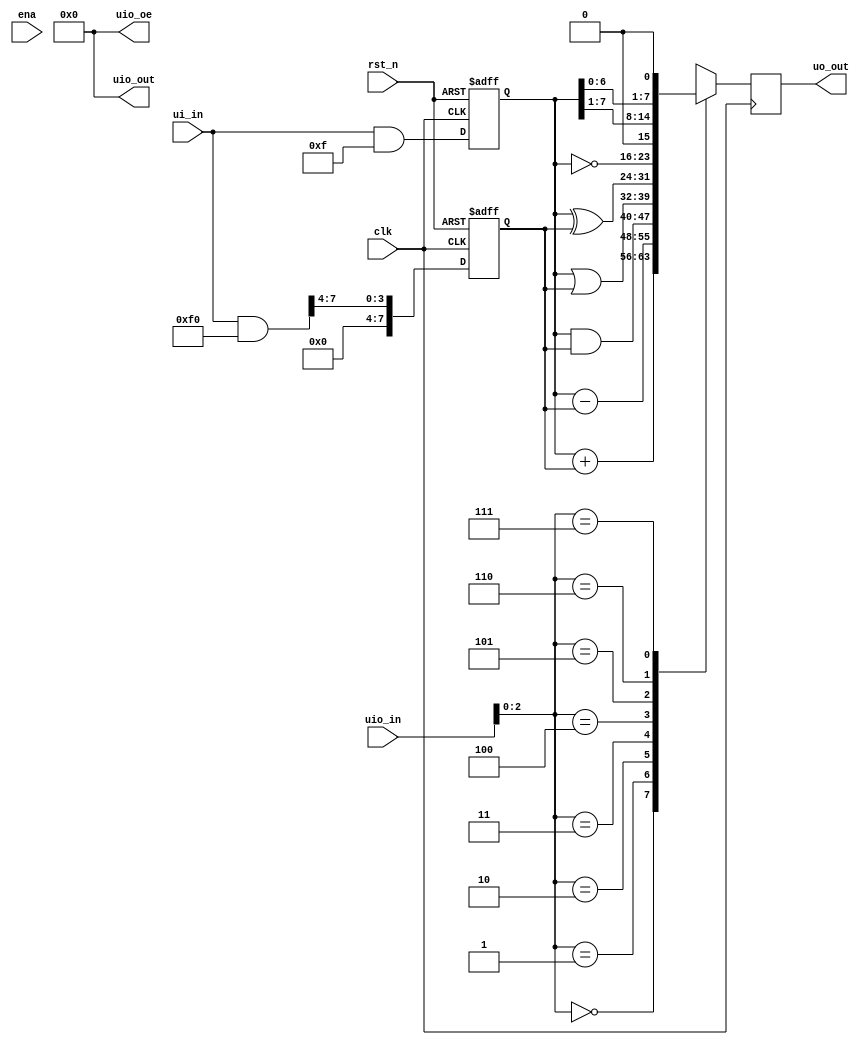
module tt_um_Q5wan_4_bit_ALU (
    input  wire [7:0] ui_in,    // Dedicated inputs
    output wire [7:0] uo_out,   // Dedicated outputs
    input  wire [7:0] uio_in,   // IOs: Input path
    output wire [7:0] uio_out,  // IOs: Output path
    output wire [7:0] uio_oe,   // IOs: Enable path (active high: 0=input, 1=output)
    input  wire       ena,      // will go high when the design is enabled
    input  wire       clk,      // clock
    input  wire       rst_n     // reset_n - low to reset
);

  // Register declarations
  reg [7:0] A, B;     // Registers for storing inputs A and B
  reg [7:0] Y;        // Register for storing output Y

  // Assign A and B on positive edge of clock and reset
  always @(posedge clk or negedge rst_n) begin
    if (!rst_n) begin
      A <= 8'b0;
      B <= 8'b0;
    end else begin
      A <= ui_in & 8'b0000_1111;
      B <= (ui_in & 8'b1111_0000) >> 4;
    end
  end

  // Calculate Y on negative edge of clock
  always @(negedge clk) begin
    case (uio_in[2:0])  // Use only lower 3 bits of uio_in for operation selection
      3'b000 : Y <= A + B;
      3'b001 : Y <= A - B;
      3'b010 : Y <= A & B;
      3'b011 : Y <= A | B;
      3'b100 : Y <= A ^ B;
      3'b101 : Y <= ~A;
      3'b110 : Y <= A >> 1;
      3'b111 : Y <= A << 1;
      default : Y <= 8'b0; // Default case, though this should not occur with valid inputs
    endcase
  end

  // Outputs
  assign uo_out  = Y; // Output the result Y
  assign uio_out = 0; 
  assign uio_oe  = 0; 

endmodule